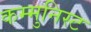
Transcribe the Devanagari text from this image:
कम्मुनिस्ट